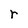
Character: r